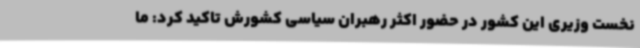
نخست وزیری این کشور در حضور اکثر رهبران سیاسی کشورش تاکید کرد: ما